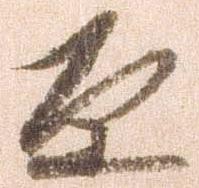
原